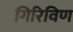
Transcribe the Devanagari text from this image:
गिरिविण